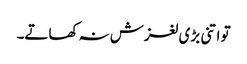
تو اتنی بڑی لغزش نہ کھاتے۔